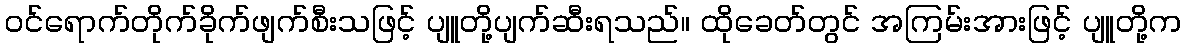
ဝင်ရောက်တိုက်ခိုက်ဖျက်စီးသဖြင့် ပျူတို့ပျက်ဆီးရသည်။ ထိုခေတ်တွင် အကြမ်းအားဖြင့် ပျူတို့က